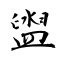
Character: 盥